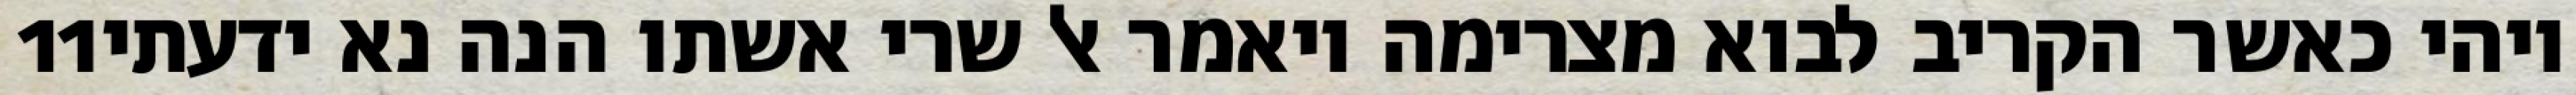
‎11‏ ויהי כאשר הקריב לבוא מצרימה ויאמר אל שרי אשתו הנה נא ידעתי